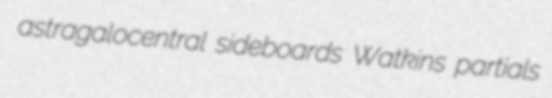
astragalocentral sideboards Watkins partials